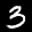
Label: 3